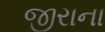
જીરાના